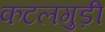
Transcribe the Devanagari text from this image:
कटलगुड़ी